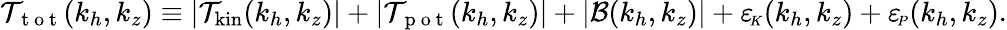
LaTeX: \mathcal{T}_{\mathrm{~t~o~t~}}(k_{h},k_{z})\equiv|\mathcal{T}_{\mathrm{kin}}(k_{h},k_{z})|+|\mathcal{T}_{\mathrm{~p~o~t~}}(k_{h},k_{z})|+|\mathcal{B}(k_{h},k_{z})|+{\varepsilon_{\! \scriptscriptstyle K}}(k_{h},k_{z})+{\varepsilon_{\! \scriptscriptstyle P}}(k_{h},k_{z}).